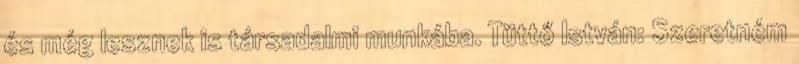
és még lesznek is társadalmi munkába. Tüttő István: Szeretném